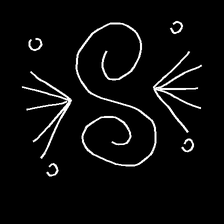
Glyph: aeroform